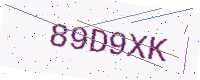
Text: 89D9XK